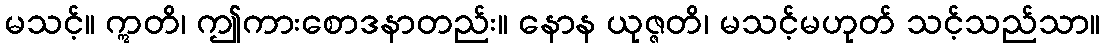
မသင့်။ ဣတိ၊ ဤကားစောဒနာတည်း။ နောန ယုဇ္ဇတိ၊ မသင့်မဟုတ် သင့်သည်သာ။